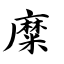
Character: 糜